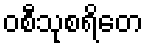
ဝစီသုစရိတေ